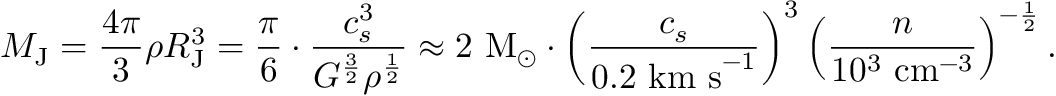
M _ { \mathrm { J } } = { \frac { 4 \pi } { 3 } } \rho R _ { \mathrm { J } } ^ { 3 } = { \frac { \pi } { 6 } } \cdot { \frac { c _ { s } ^ { 3 } } { G ^ { \frac { 3 } { 2 } } \rho ^ { \frac { 1 } { 2 } } } } \approx 2 { \mathrm { ~ M } } _ { \odot } \cdot \left( { \frac { c _ { s } } { 0 . 2 { \mathrm { ~ k m ~ s } } ^ { - 1 } } } \right) ^ { 3 } \left( { \frac { n } { 1 0 ^ { 3 } { \mathrm { ~ c m } } ^ { - 3 } } } \right) ^ { - { \frac { 1 } { 2 } } } .